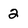
Character: 2